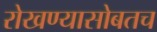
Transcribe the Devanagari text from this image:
रोखण्यासोबतच